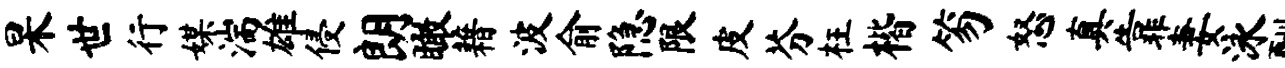
杲世行媒湍雄侵朗瞰藉波俞隐限皮芬枉楷笏怒真靠妻泳酬